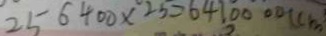
2 5 6 4 0 0 \times 2 5 = 6 4 7 0 0 0 0 ( c m